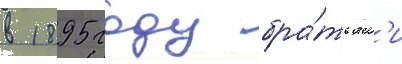
в 1895 году бра́тьям'и